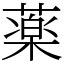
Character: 薬